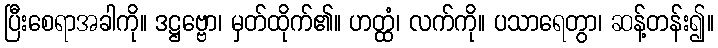
ပြီးစေရာအခါကို။ ဒဋ္ဌဗ္ဗော၊ မှတ်ထိုက်၏။ ဟတ္ထံ၊ လက်ကို။ ပသာရေတွာ၊ ဆန့်တန်း၍။